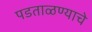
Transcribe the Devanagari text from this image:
पडताळण्याचे